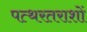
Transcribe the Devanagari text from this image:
पत्थरतराशों